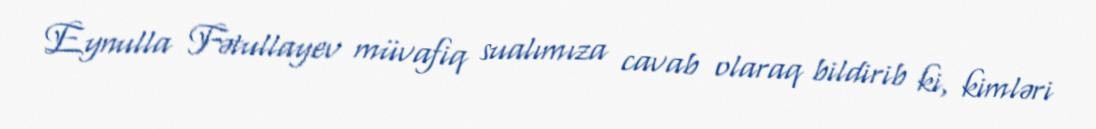
Eynulla Fətullayev müvafiq sualımıza cavab olaraq bildirib ki, kimləri